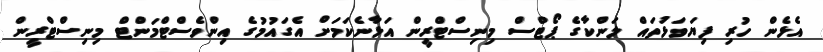
އެޅެން ހުރި ފިޔަވަޅުތައް ލަންކާގެ ޕޯޓްސް މިނިސްޓްރީން އަޅާނެކަމަށް އެގައުމުގެ އިންވެސްޓްމަންޓް މިނިސްޓްރީން